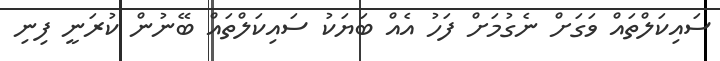
ސައިކަލްތައް ވަގަށް ނެގުމަށް ފަހު އެއް ބަޔަކު ސައިކަލްތައް ބޭނުން ކުރަނީ ފިނި